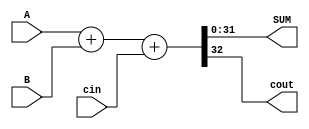
`timescale 1ns / 1ps
//////////////////////////////////////////////////////////////////////////////////
// Company: 
// Engineer: 
// 
// Design Name: 
// Module Name: adder_verify
// Project Name: 
// Target Devices: 
// Tool Versions: 
// Description: 
// 
// Dependencies: 
// 
// Revision:
// Revision 0.01 - File Created
// Additional Comments:
// 
//////////////////////////////////////////////////////////////////////////////////


module adder_verify#(parameter SIZE = 32) (
    input [SIZE-1:0] A,
    input [SIZE-1:0] B,
    input cin,
    output [SIZE-1:0] SUM,
    output cout
    );
    
   assign {cout,SUM} = A + B + cin;
    
endmodule